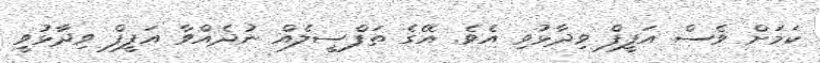
ކަަމަށް ވެސް އަފީފް ވިދާޅުވި އެވެ. އޭގެ ތަފްސީލެއް ނުދެއްވާ އަފީފް ވިދާޅުވީ